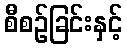
စီစဉ်ခြင်းနှင့်